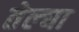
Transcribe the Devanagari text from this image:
तेल्घा